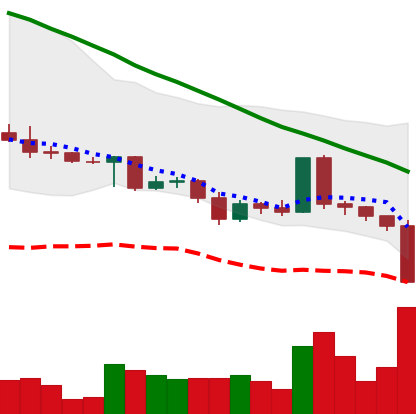
Ticker: ADA-USD
Chart end date: 2022-05-09
Forward return: -11.593%
Label: down_7plus